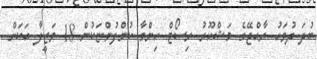
ބުދަ ދުވަހު ރާއްޖޭގެ މަޝްހޫރު ރިސޯޓް ހިންގާ ކުންފުންޏަކުން 18 ވަޒީފާ އަކަށް